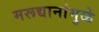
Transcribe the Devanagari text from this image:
मरूद्यानांमुळे